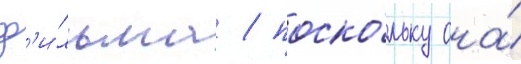
ф'и́льма / поско́льку она́